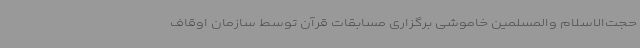
حجت‌الاسلام والمسلمین خاموشی برگزاری مسابقات قرآن توسط سازمان اوقاف